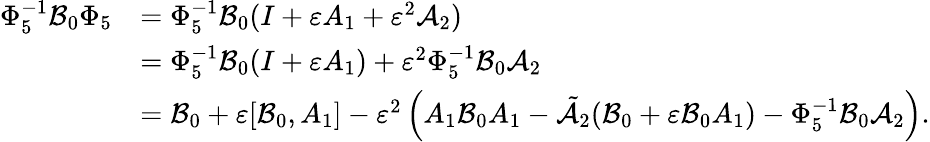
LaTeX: \begin{array}{rl}{\Phi_{5}^{-1}\mathcal{B}_{0}\Phi_{5}}&{=\Phi_{5}^{-1}\mathcal{B}_{0}(I+\varepsilon A_{1}+\varepsilon^{2}\mathcal{A}_{2})}\\ &{=\Phi_{5}^{-1}\mathcal{B}_{0}(I+\varepsilon A_{1})+\varepsilon^{2}\Phi_{5}^{-1}\mathcal{B}_{0}\mathcal{A}_{2}}\\ &{=\mathcal{B}_{0}+\varepsilon[\mathcal{B}_{0},A_{1}]-\varepsilon^{2}\left(A_{1}\mathcal{B}_{0}A_{1}-\tilde{\mathcal{A}_{2}}(\mathcal{B}_{0}+\varepsilon\mathcal{B}_{0}A_{1})-\Phi_{5}^{-1}\mathcal{B}_{0}\mathcal{A}_{2}\right).}\end{array}